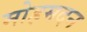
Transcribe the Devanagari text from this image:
मोहमदन